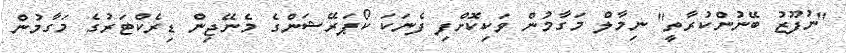
"ނުފޫޒު ބޭނުންކުރާތީ" ނިމާލް މަގާމުން ވަކިކޮށްފި ފެނަކަ ކޯޕަރޭޝަންގެ މެނޭޖިން ޑިރެކްޓަރުގެ މަގާމުން